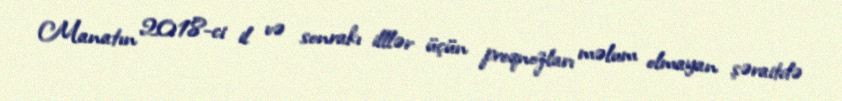
Manatın 2018-ci il və sonrakı illlər üçün proqnozları məlum olmayan şəraitdə